Report of the Municipal Commissioner on the plague in Bombay for the year ending 31st May... - Volume 2
Disease focus: Plague
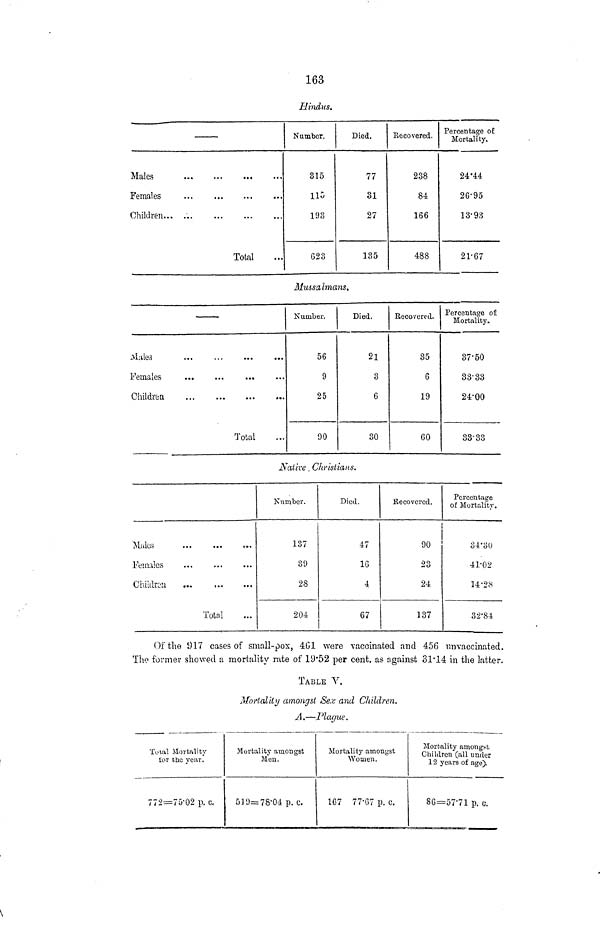
163
Idindus.
Males
Females
Children
Total
Number.
315
115
193
623
Died.
77
31
27
135
Eecovered.
238
84
166
488
Percentage of
Mortality.
24'44
26'95
13-93
21-67
Mu&salmans*
Males
Females
Children
Total
Number.
56
9
25
90
Died.
21
3
6
30
Recovered.
35
6
19
60
Percentage of
Mortality,
37-50
33-33
24-00
33-33
Aative. C/instians.
Mules
Females
Children
...
Total
Niimber.
137
39
28
204
Died.
47
16
4
67
Recovered.
90
23
24
137
Percentage
of Mortality.
84'8U
41-02
14-2.S
32-8-1
Of the 917 cases of small-pox, 461 were vaccinated and 456 nn vaccinated.
The former showed a mortality rate of 19*52 per cent, as against 31*14 in the latter.
TABLE V.
Mortality amongst Sex and Children.
A.—Plague.
Total Mortality
lor the year.
772=75-02 p. c.
Mortality amongst
Men.
5 19= 78-04 p. c.
Mortality amongst
Women.
167 77-67 p. c.
Mortality amongst
Children (all under
12 years of age).
86=57-71 p. c.